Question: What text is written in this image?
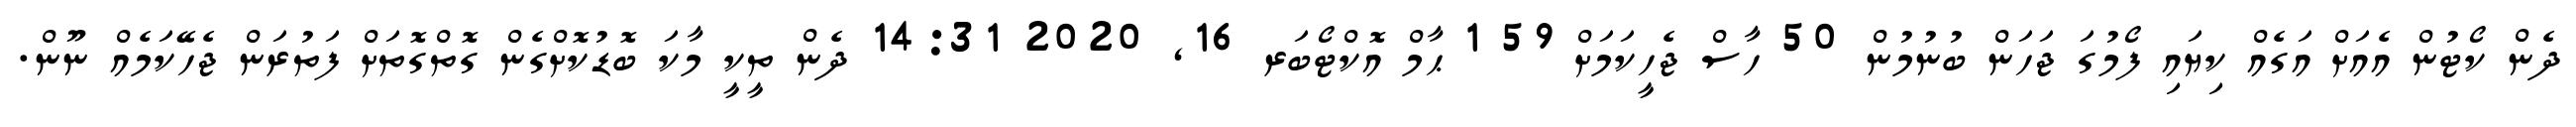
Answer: ދެން ކޯޓުން އެއަށް އަގެއް ކިޔައި ފޯމުގަ ޖަހަން ބުނުމުން 50 ހާސް ޖެހީކަމަށް 59 1 ޙާމް އޮކްޓޯބަރ 16, 2020 14:31 ދެން ތީކީ މާކަ ބޮޑުކޮށްގެން ގޮތްގޮތަށް ފަތުރަން ޖެހޭކަމެއް ނޫން.